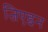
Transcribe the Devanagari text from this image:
जिएइन